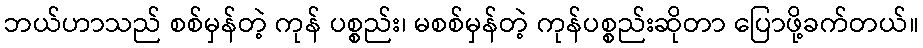
ဘယ်ဟာသည် စစ်မှန်တဲ့ ကုန် ပစ္စည်း၊ မစစ်မှန်တဲ့ ကုန်ပစ္စည်းဆိုတာ ပြောဖို့ခက်တယ်။